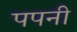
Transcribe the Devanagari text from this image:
पपनी